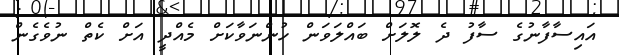
އައިސާފާނުގެ ސާފު ދެ ލޮލަށް ބައްލަވަން ހުންނަވާކަށް މެއްދީ އަށް ކެތް ނުވެގެން